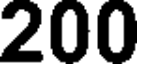
200